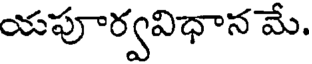
యపూర్వవిధాన మే.